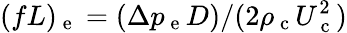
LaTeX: (fL)_{\mathrm{~e~}}=(\Delta p_{\mathrm{~e~}}D)/(2\rho_{\mathrm{~c~}}U_{\mathrm{~c~}}^{2})